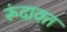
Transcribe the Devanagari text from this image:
रूंदावत